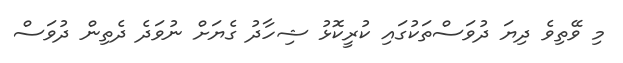
މި ވޭތިވެ ދިޔަ ދުވަސްތަކުގައި ކުރީކޮޅު ޝިހާދު ގެޔަށް ނުވަދެ ދެތިން ދުވަސް